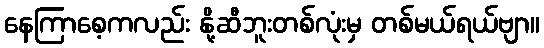
နေကြာစေ့ကလည်း နို့ဆီဘူးတစ်လုံးမှ တစ်မယ်ရယ်ဗျာ။